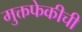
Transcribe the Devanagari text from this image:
मुक्तफेकीची